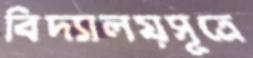
বিদ্যালয়সূত্রে